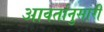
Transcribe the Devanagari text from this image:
आवर्तानुसारी